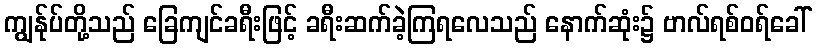
ကျွန်ုပ်တို့သည် ခြေကျင်ခရီးဖြင့် ခရီးဆက်ခဲ့ကြရလေသည် နောက်ဆုံး၌ ဗာလ်ရစ်ဝရ်ခေါ်